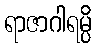
ရာဇာဂါရမ္ပိ